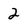
Character: 2